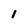
Character: I